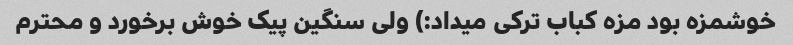
خوشمزه بود مزه کباب ترکی میداد:) ولی سنگین پیک خوش برخورد و محترم